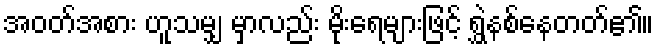
အဝတ်အစား ဟူသမျှ မှာလည်း မိုးရေများဖြင့် ရွှဲနစ်နေတတ်၏။